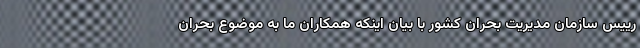
رییس سازمان مدیریت بحران کشور با بیان اینکه همکاران ما به موضوع بحران